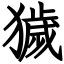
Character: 獩